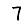
Digit: 7